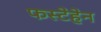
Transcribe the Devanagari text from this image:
फस्टेहेन